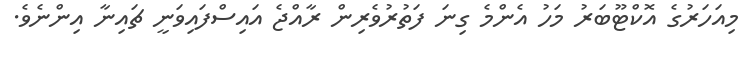
މިއަހަރުގެ އޮކްޓޫބަރު މަހު އެންމެ ގިނަ ފަތުރުވެރިން ރާއްޖެ އައިސްފައިވަނީ ޗައިނާ އިންނެވެ.